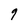
Character: q